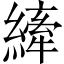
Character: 縴